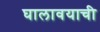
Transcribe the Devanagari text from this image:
घालावयाची